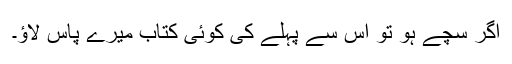
اگر سچے ہو تو اس سے پہلے کی کوئی کتاب میرے پاس لاؤ۔